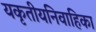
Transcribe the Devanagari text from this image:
यकृतीयनिवाहिका